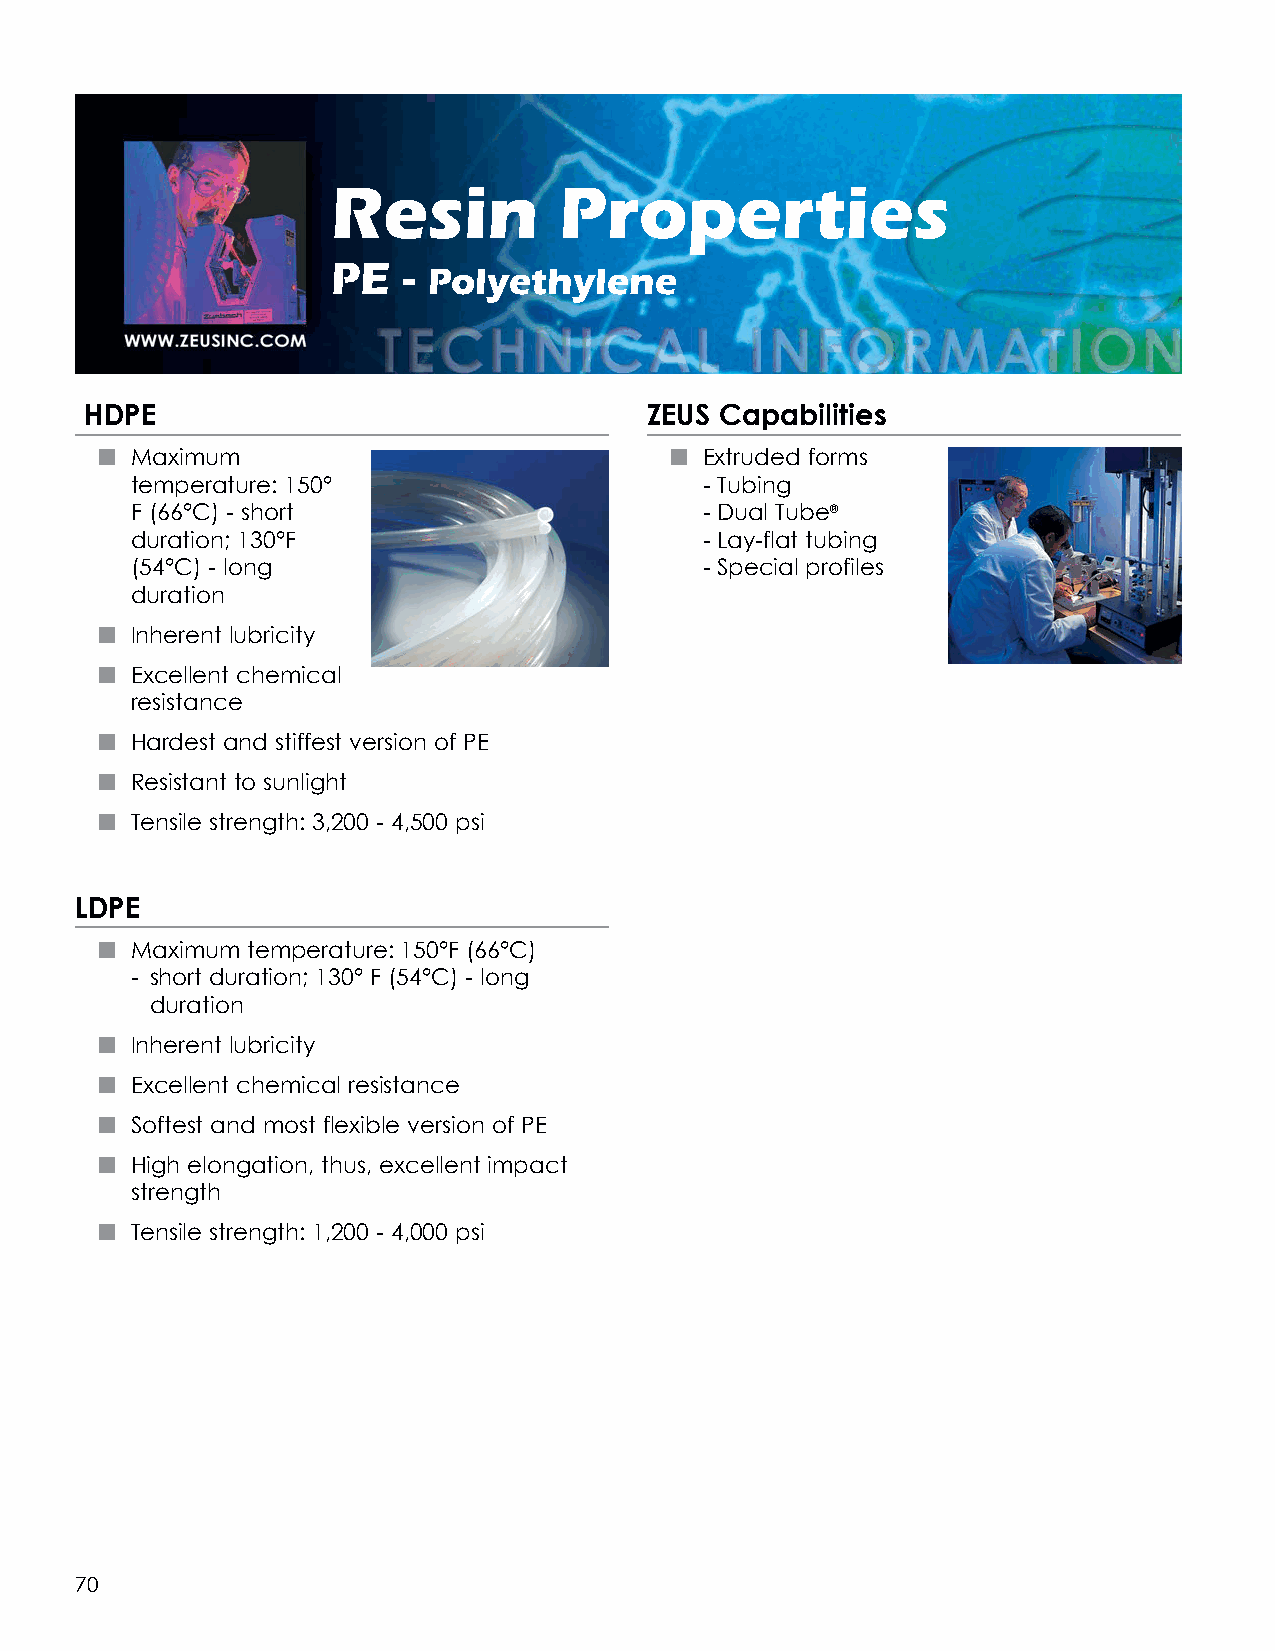
Resin          Properties
 PE   - Polyethylene
 HDPE                                 ZEUS Capabilities
 n Maximum                            n  Extruded forms
 temperature: 150°                     - Tubing
 F (66°C) - short                      - Dual Tube®
 duration; 130°F                       - Lay-flat tubing
 (54°C) - long                         - Special profiles
 duration
 n Inherent lubricity
 n Excellent chemical
 resistance
 n Hardest and stiffest version of PE
 n Resistant to sunlight
 n Tensile strength: 3,200 - 4,500 psi
 LDPE
 n Maximum temperature: 150°F (66°C)
 - short duration; 130° F (54°C) - long
 duration
 n Inherent lubricity
 n Excellent chemical resistance
 n Softest and most flexible version of PE
 n High elongation, thus, excellent impact
 strength
 n Tensile strength: 1,200 - 4,000 psi
 70